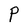
Character: P